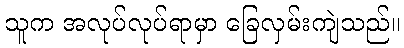
သူက အလုပ်လုပ်ရာမှာ ခြေလှမ်းကျဲသည်။